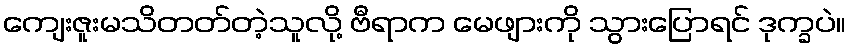
ကျေးဇူးမသိတတ်တဲ့သူလို့ ဗီရာက မေဖျားကို သွားပြောရင် ဒုက္ခပဲ။